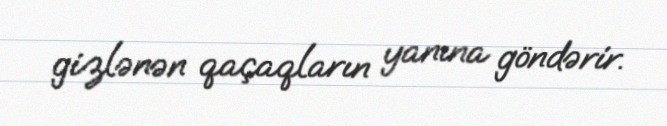
gizlənən qaçaqların yanına göndərir.